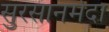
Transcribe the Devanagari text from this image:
सुरसानर्मदा